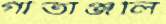
গীতাঞ্জলি